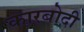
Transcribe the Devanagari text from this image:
कारबोदी